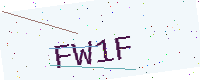
Text: FW1F